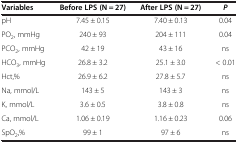
| Variables | Before LPS (N = 27) | After LPS (N = 27) | P |
 | --- | --- | --- | --- |
 | pH | 7.45 ± 0.15 | 7.40 ± 0.13 | 0.04 |
 | PO2, mmHg | 240 ± 93 | 204 ± 111 | 0.04 |
 | PCO2, mmHg | 42 ± 19 | 43 ± 16 | ns |
 | HCO3, mmHg | 26.8 ± 3.2 | 25.1 ± 3.0 | < 0.01 |
 | Hct,% | 26.9 ± 6.2 | 27.8 ± 5.7 | ns |
 | Na, mmol/L | 143 ± 5 | 143 ± 3 | ns |
 | K, mmol/L | 3.6 ± 0.5 | 3.8 ± 0.8 | ns |
 | Ca, mmol/L | 1.06 ± 0.19 | 1.16 ± 0.23 | 0.06 |
 | SpO2,% | 99 ± 1 | 97 ± 6 | ns |